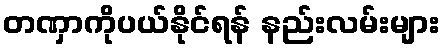
တဏှာကိုပယ်နိုင်ရန် နည်းလမ်းများ